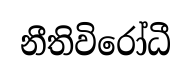
නීතිවිරෝධී